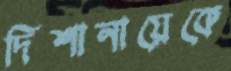
দিশানায়েকে